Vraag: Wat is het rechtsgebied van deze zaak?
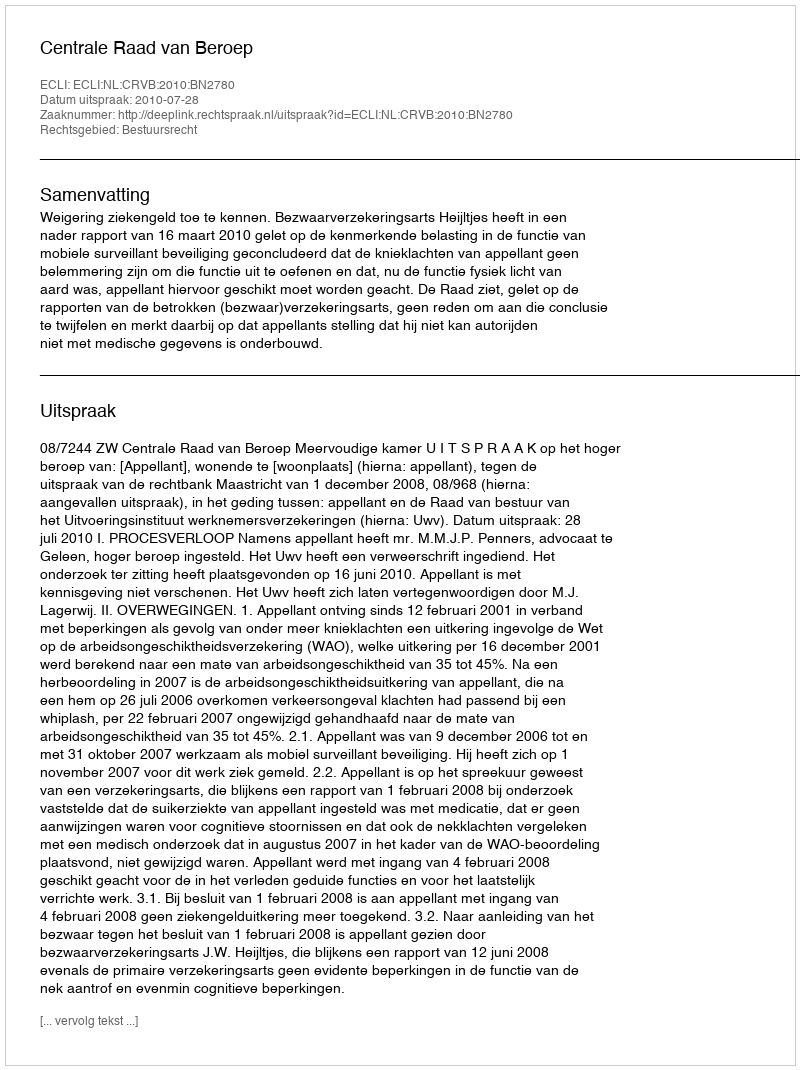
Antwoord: Bestuursrecht